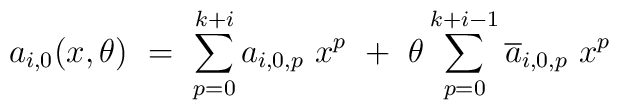
a_{i,0} (x,\theta) \ =  \ \sum_{p=0}^{k+i} a_{i,0,p}\ x^p\ +\  \theta\sum_{p=0}^{k+i-1}\overline{a}_{i,0,p}\ x^p